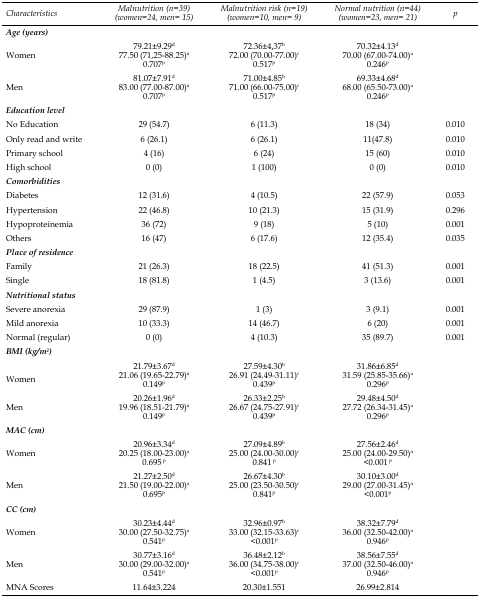
<table><thead><tr><td><b>Characteristics</b></td><td><b>Malnutrition (n=39) (women=24, men= 15)</b></td><td><b>Malnutrition risk (n=19) (women=10, men= 9)</b></td><td><b>Normal nutrition (n=44) (women=23, men= 21)</b></td><td><b>p</b></td></tr></thead><tbody><tr><td colspan="5"><b><i>Age (years)</i></b></td></tr><tr><td rowspan="3">Women</td><td>79.21±9.29<sup>d</sup></td><td>72.36±4.37<sup>b</sup></td><td>70.32±4.13<sup>d</sup></td><td></td></tr><tr><td>77.50 (71.25-88.25)<sup>a</sup></td><td>72.00 (70.00-77.00)<sup>c</sup></td><td>70.00 (67.00-74.00)<sup>a</sup></td><td></td></tr><tr><td>0.707<sup>p</sup></td><td>0.517<sup>p</sup></td><td>0.246<sup>p</sup></td><td></td></tr><tr><td rowspan="3">Men</td><td>81.07±7.91<sup>d</sup></td><td>71.00±4.85<sup>b</sup></td><td>69.33±4.68<sup>d</sup></td><td></td></tr><tr><td>83.00 (77.00-87.00)<sup>a</sup></td><td>71.00 (66.00-75.00)<sup>c</sup></td><td>68.00 (65.50-73.00)<sup>a</sup></td><td></td></tr><tr><td>0.707<sup>p</sup></td><td>0.517<sup>p</sup></td><td>0.246<sup>p</sup></td><td></td></tr><tr><td colspan="5"><b><i>Education level</i></b></td></tr><tr><td>No Education</td><td>29 (54.7)</td><td>6 (11.3)</td><td>18 (34)</td><td>0.010</td></tr><tr><td>Only read and write</td><td>6 (26.1)</td><td>6 (26.1)</td><td>11(47.8)</td><td>0.010</td></tr><tr><td>Primary school</td><td>4 (16)</td><td>6 (24)</td><td>15 (60)</td><td>0.010</td></tr><tr><td>High school</td><td>0 (0)</td><td>1 (100)</td><td>0 (0)</td><td>0.010</td></tr><tr><td colspan="5"><b><i>Comorbidities</i></b></td></tr><tr><td>Diabetes</td><td>12 (31.6)</td><td>4 (10.5)</td><td>22 (57.9)</td><td>0.053</td></tr><tr><td>Hypertension</td><td>22 (46.8)</td><td>10 (21.3)</td><td>15 (31.9)</td><td>0.296</td></tr><tr><td>Hypoproteinemia</td><td>36 (72)</td><td>9 (18)</td><td>5 (10)</td><td>0.001</td></tr><tr><td>Others</td><td>16 (47)</td><td>6 (17.6)</td><td>12 (35.4)</td><td>0.035</td></tr><tr><td colspan="5"><b><i>Place of residence</i></b></td></tr><tr><td>Family</td><td>21 (26.3)</td><td>18 (22.5)</td><td>41 (51.3)</td><td>0.001</td></tr><tr><td>Single</td><td>18 (81.8)</td><td>1 (4.5)</td><td>3 (13.6)</td><td>0.001</td></tr><tr><td colspan="5"><b><i>Nutritional status</i></b></td></tr><tr><td>Severe anorexia</td><td>29 (87.9)</td><td>1 (3)</td><td>3 (9.1)</td><td>0.001</td></tr><tr><td>Mild anorexia</td><td>10 (33.3)</td><td>14 (46.7)</td><td>6 (20)</td><td>0.001</td></tr><tr><td>Normal (regular)</td><td>0 (0)</td><td>4 (10.3)</td><td>35 (89.7)</td><td>0.001</td></tr><tr><td colspan="5"><b><i>BMI (kg/m<sup>2</sup>)</i></b></td></tr><tr><td rowspan="3">Women</td><td>21.79±3.67<sup>d</sup></td><td>27.59±4.30<sup>b</sup></td><td>31.86±6.85<sup>d</sup></td><td></td></tr><tr><td>21.06 (19.65-22.79)<sup>a</sup></td><td>26.91 (24.49-31.11)<sup>c</sup></td><td>31.59 (25.85-35.66)<sup>a</sup></td><td></td></tr><tr><td>0.149<sup>p</sup></td><td>0.439<sup>p</sup></td><td>0.296<sup>p</sup></td><td></td></tr><tr><td rowspan="3">Men</td><td>20.26±1.96<sup>d</sup></td><td>26.33±2.25<sup>b</sup></td><td>29.48±4.50<sup>d</sup></td><td></td></tr><tr><td>19.96 (18.51-21.79)<sup>a</sup></td><td>26.67 (24.75-27.91)<sup>c</sup></td><td>27.72 (26.34-31.45)<sup>a</sup></td><td></td></tr><tr><td>0.149<sup>p</sup></td><td>0.439<sup>p</sup></td><td>0.296<sup>p</sup></td><td></td></tr><tr><td colspan="5"><b><i>MAC (cm)</i></b></td></tr><tr><td rowspan="3">Women</td><td>20.96±3.34<sup>d</sup></td><td>27.09±4.89<sup>b</sup></td><td>27.56±2.46<sup>d</sup></td><td></td></tr><tr><td>20.25 (18.00-23.00)<sup>a</sup></td><td>25.00 (24.00-30.00)<sup>c</sup></td><td>25.00 (24.00-29.50)<sup>a</sup></td><td></td></tr><tr><td>0.695<sup>p</sup></td><td>0.841<sup>p</sup></td><td>&lt;0.001<sup>p</sup></td><td></td></tr><tr><td rowspan="3">Men</td><td>21.27±2.50<sup>d</sup></td><td>26.67±4.30<sup>b</sup></td><td>30.10±3.00<sup>d</sup></td><td></td></tr><tr><td>21.50 (19.00-22.00)<sup>a</sup></td><td>25.00 (23.50-30.50)<sup>c</sup></td><td>29.00 (27.00-31.45)<sup>a</sup></td><td></td></tr><tr><td>0.695<sup>p</sup></td><td>0.841<sup>p</sup></td><td>&lt;0.001<sup>p</sup></td><td></td></tr><tr><td colspan="5"><b><i>CC (cm)</i></b></td></tr><tr><td rowspan="3">Women</td><td>30.23±4.44<sup>d</sup></td><td>32.96±0.97<sup>b</sup></td><td>38.32±7.79<sup>d</sup></td><td></td></tr><tr><td>30.00 (27.50-32.75)<sup>a</sup></td><td>33.00 (32.15-33.63)<sup>c</sup></td><td>36.00 (32.50-42.00)<sup>a</sup></td><td></td></tr><tr><td>0.541<sup>p</sup></td><td>&lt;0.001<sup>p</sup></td><td>0.946<sup>p</sup></td><td></td></tr><tr><td rowspan="3">Men</td><td>30.77±3.16<sup>d</sup></td><td>36.48±2.12<sup>b</sup></td><td>38.56±7.55<sup>d</sup></td><td></td></tr><tr><td>30.00 (29.00-32.00)<sup>a</sup></td><td>36.00 (34.75-38.00)<sup>c</sup></td><td>37.00 (32.50-46.00)<sup>a</sup></td><td></td></tr><tr><td>0.541<sup>p</sup></td><td>&lt;0.001<sup>p</sup></td><td>0.946<sup>p</sup></td><td></td></tr><tr><td>MNA Scores</td><td>11.64±3.224</td><td>20.30±1.551</td><td>26.99±2.814</td><td></td></tr></tbody></table>